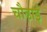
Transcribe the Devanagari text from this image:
चौढाई